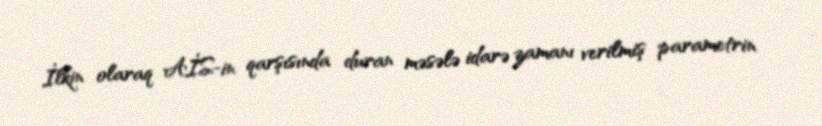
İlkin olaraq AİS-in qarşısında duran məsələ idarə zamanı verilmiş parametrin